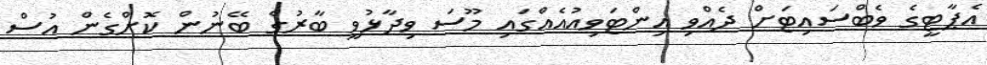
އެޕާޓީގެ ވެބްސައިޓަށް ދެއްވި އިންޓަވިއުއެއްގައި މޫސަ ވިދާޅުވީ ބާރުގެ ބޭނުން ކޮށްގެން އުސް